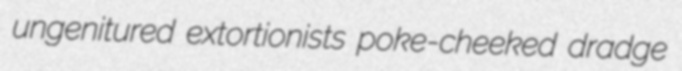
ungenitured extortionists poke-cheeked dradge